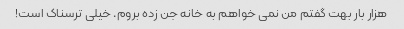
هزار بار بهت گفتم من نمی خواهم به خانه جن زده بروم. خیلی ترسناک است!